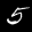
Label: 5